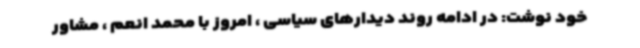
خود نوشت: در ادامه روند دیدارهای سیاسی ، امروز با محمد انعم ، مشاور